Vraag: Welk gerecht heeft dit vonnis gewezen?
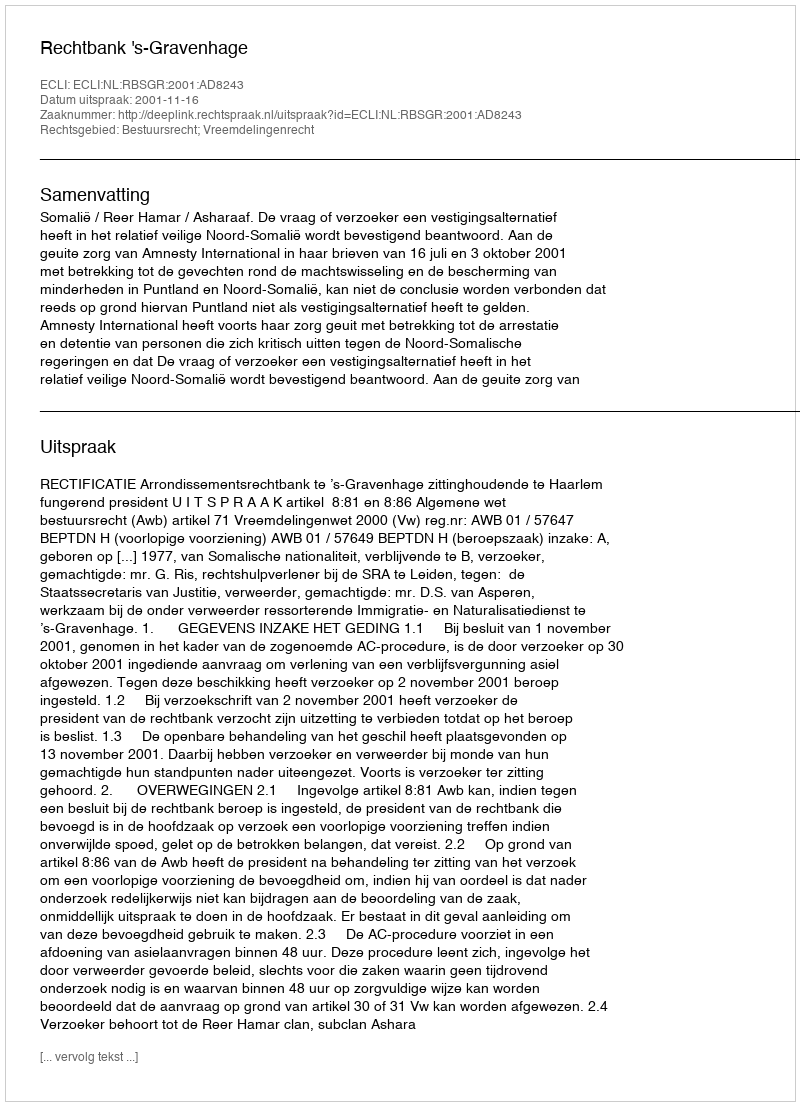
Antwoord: Rechtbank 's-Gravenhage